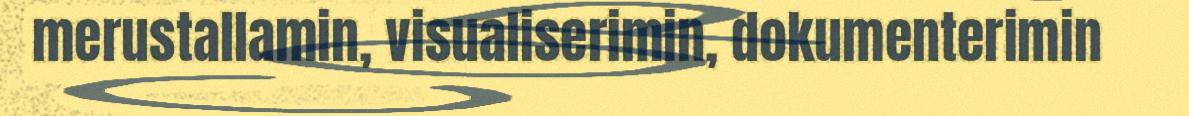
merustallamin, visualiserimin, dokumenterimin